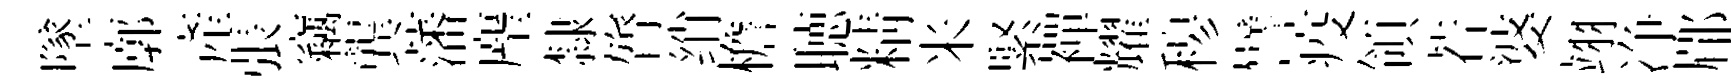
墜廓產張竊龔藩麈隸膂绡檐聴精米緊襌耀𥠇譬疫領若婆翊净郿